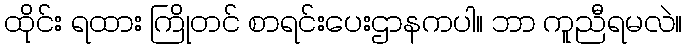
ထိုင်း ရထား ကြိုတင် စာရင်းပေးဌာနကပါ။ ဘာ ကူညီရမလဲ။